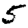
Digit: 5